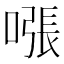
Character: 𫫧